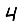
Digit: 4